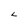
Character: L